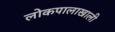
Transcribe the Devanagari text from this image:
लोकपालाखाली